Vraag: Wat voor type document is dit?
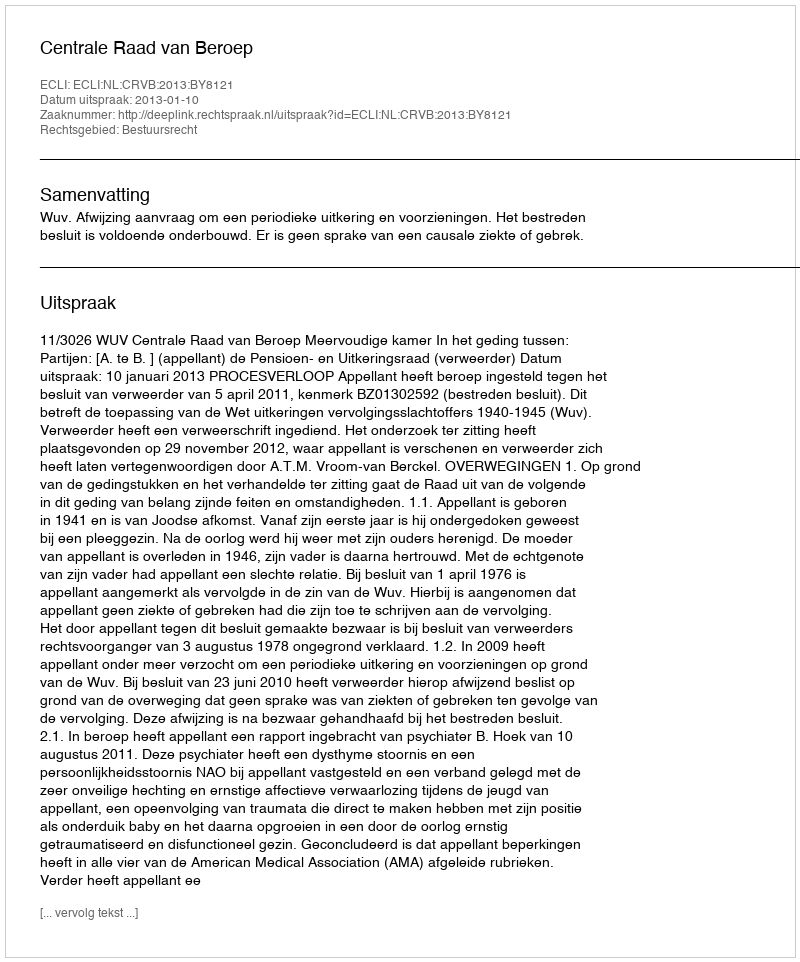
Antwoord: Uitspraak